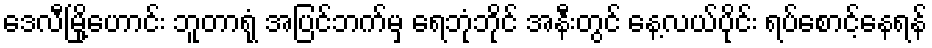
ဒေလီမြို့ဟောင်း ဘူတာရုံ အပြင်ဘက်မှ ရေဘုံဘိုင် အနီးတွင် နေ့လယ်ပိုင်း ရပ်စောင့်နေရန်